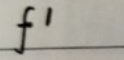
$f^{1}$